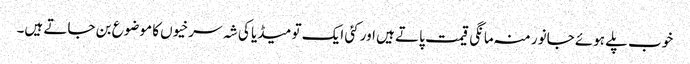
خوب پلے ہوئے جانور منہ مانگی قیمت پاتے ہیں اور کئی ایک تو میڈیا کی شہ سرخیوں کا موضوع بن جاتے ہیں۔